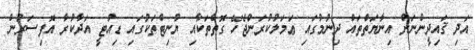
އަދި ޤައިދީންނަށް އިނާޔަތްތައް ދިނުމުގައި ޢަމަލުކުރަންޖެހޭ ގޮތްތަކާއި ޔުނިޓްތަކުގައި ޑިއުޓީ އަދާކުރާ އޮފިސަރުން